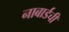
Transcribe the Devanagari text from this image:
नाबार्डची